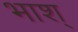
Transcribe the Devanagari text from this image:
भाश्